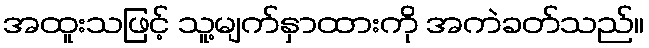
အထူးသဖြင့် သူ့မျက်နှာထားကို အကဲခတ်သည်။